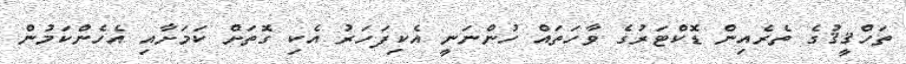
ތަހްޤީޤުގެ ތެރެއިން ޑޮކްޓަރުގެ ވާހަތައް ހުންނަނީ އެކިފަހަރު އެކި ގޮތަށް ކަމަށާއި އެހެންކަމުން